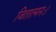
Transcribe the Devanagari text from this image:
जितात्मनः।